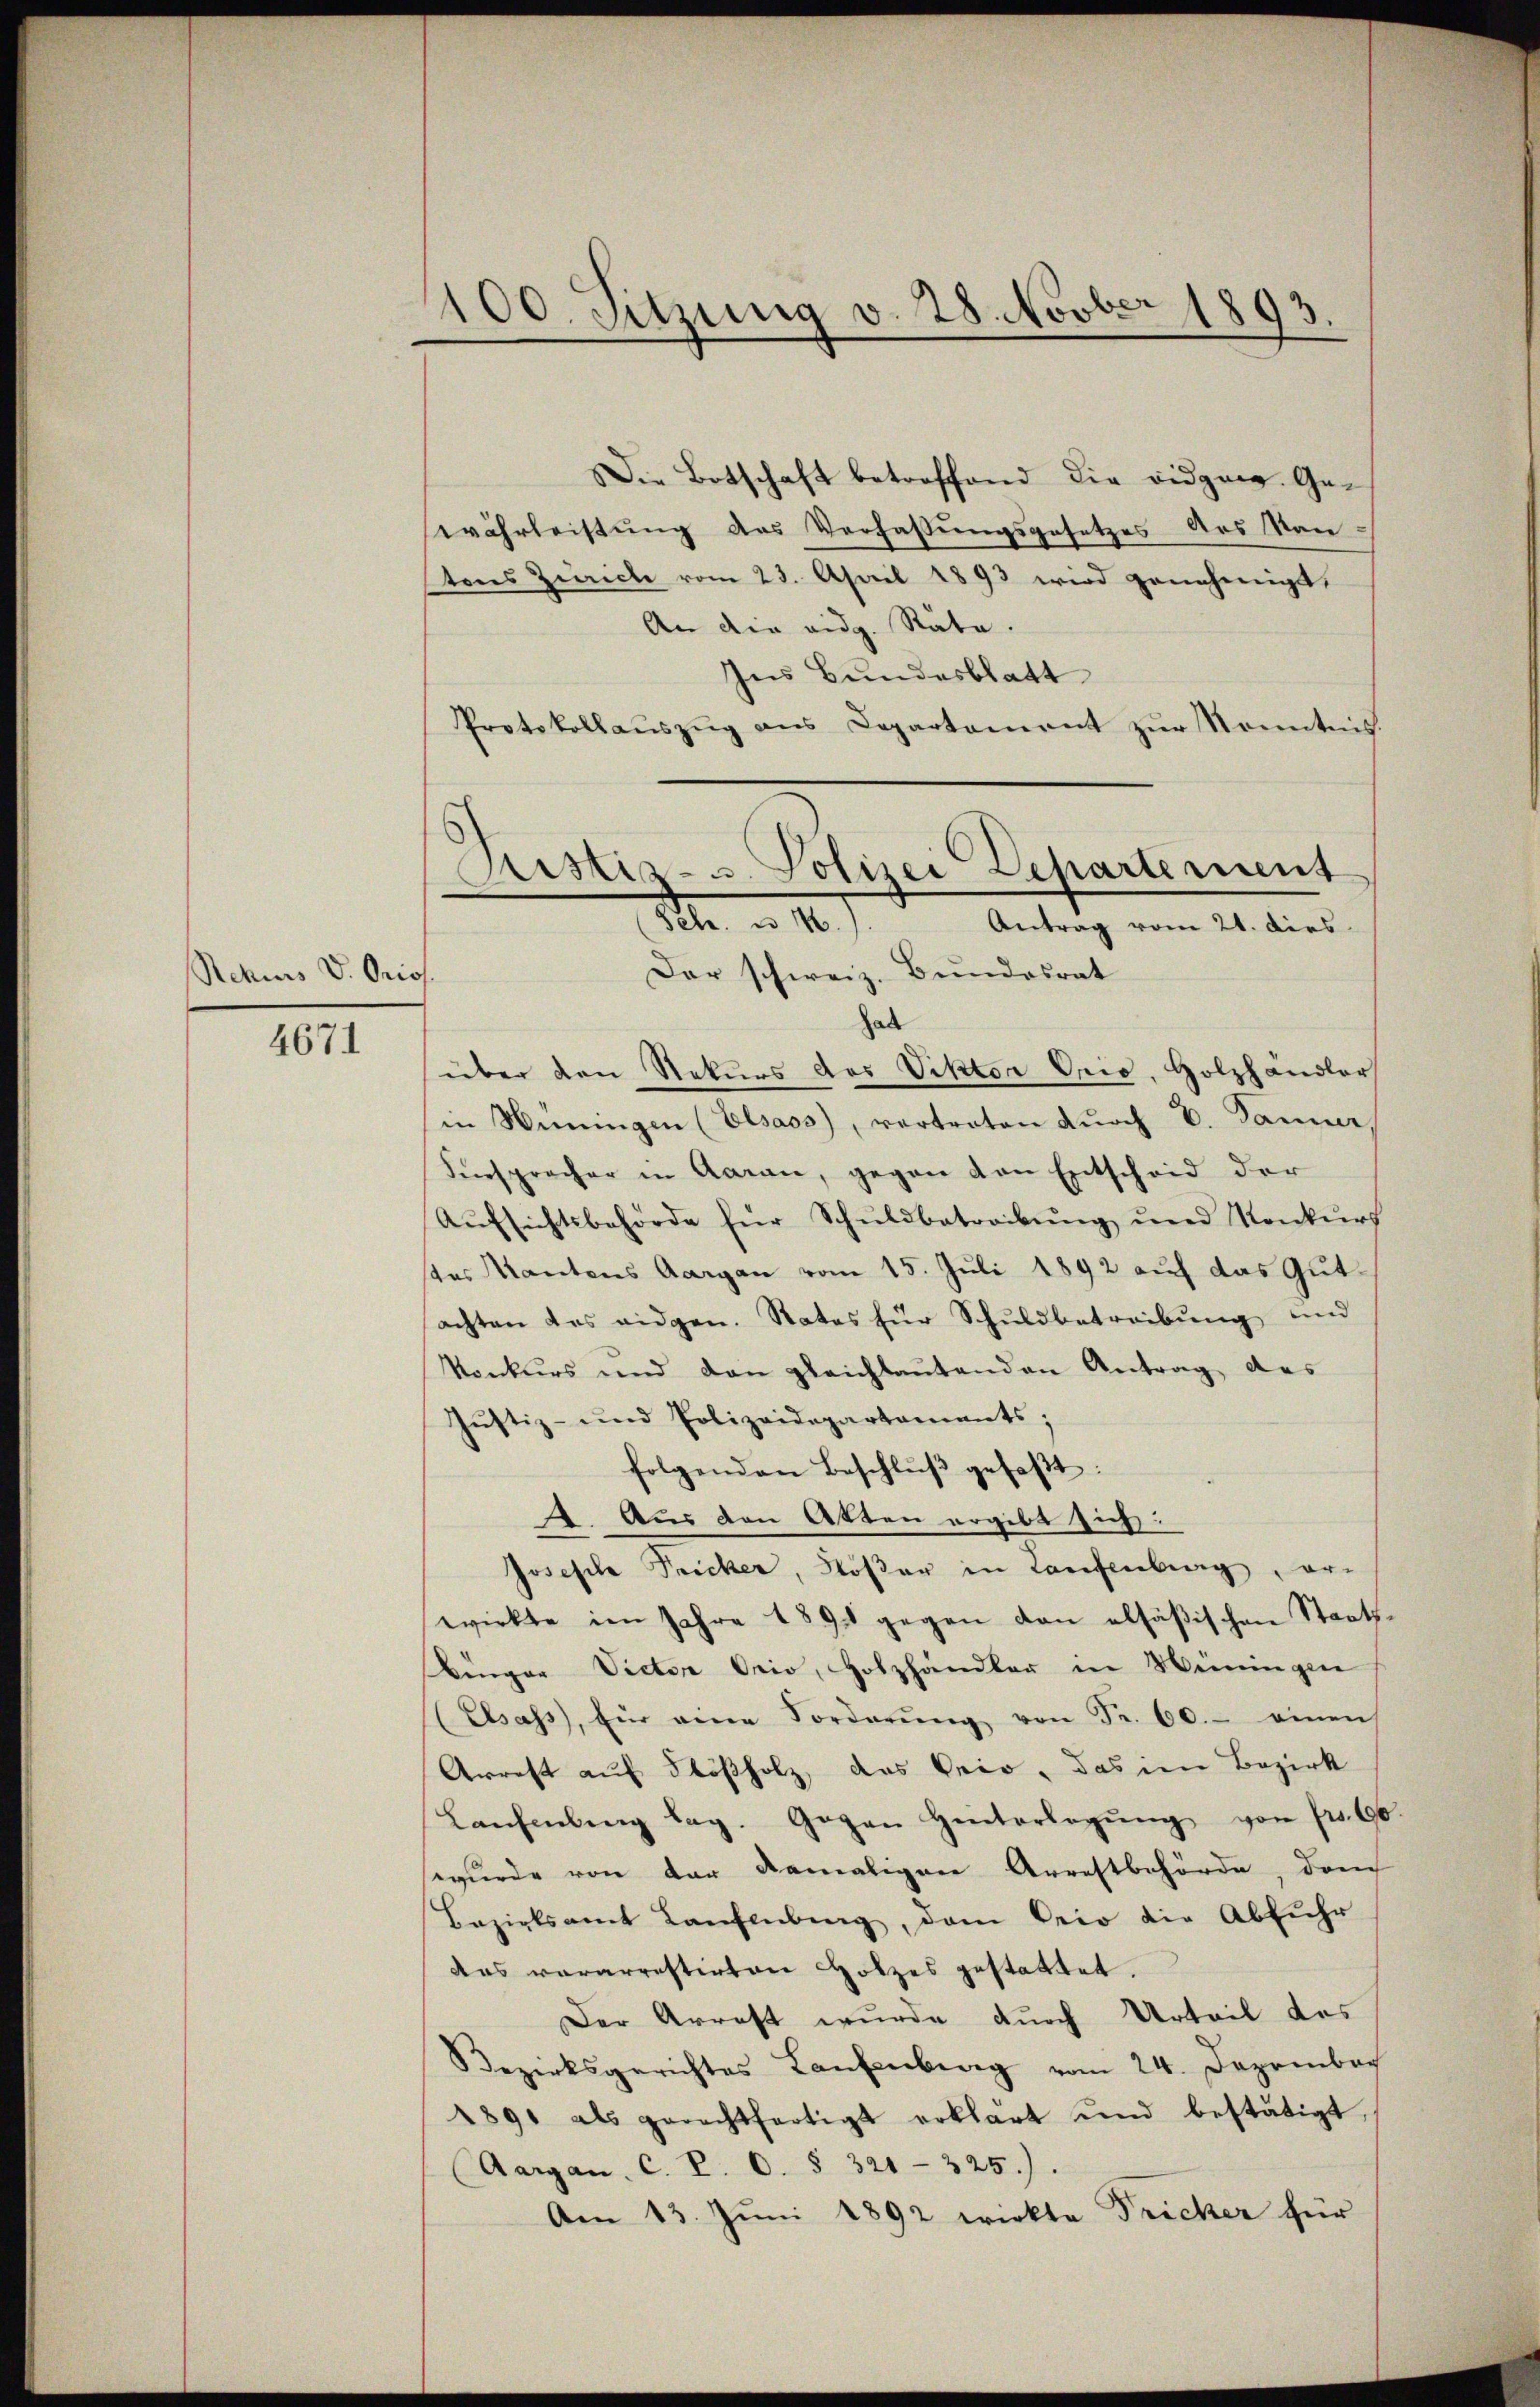
Rehius V. Oriss

4671

100. Sitzung v. 28. Novber 1893.
.

Ristis- u. Polizei Departement
1 n. 10.
Antrag vom 21. dies
Der schweiz. Bundesrat

Die Botschaft betreffend die eidgen. Gewährleistung des Verfassungsgesetzes des Kan-
stens Zürich vom 23. April 1893 wird genehmigt,
An die eidg. Stäte.
Ins Bundesblatt
Protokollaŭszŭg ans Departement zŭr Kenntnis.
hab
über den Rekurs das Viktor Orio, Holzhändler
in Winungen (Elsass, vertreten durch E. Tanner,
Iinspracher in Aarau, gegen von Entscheid der
Aŭfsichtsbehörde für Schuldbetreibŭng und Konkurs
stes Kantons Aargau vom 15. Juli 1892 auf das Gutachten das eidgen. Rates für Schuldbetreibŭng und
konkurs und den gleichlaŭtenden Antrag des
Justiz- und Polizeidepartaments;
folgenden Beschlŭβ gefaβt:
2. Aus den Atten ergibt sich:
Joseph Fricker, Soßer in Laufenburg, erwirkte im Jahre 1891 gegen den alsäβischen Staats
Benger Victor Orio, Holzhändler in Weiningen
(Elsass, für eine Forderŭng von Fr. 60.- einen
Arrest auf Flößholz, das Beio, das im Bezirk
Lanhebung lag. Gegen Hinterlegŭng von Fr. 60
wurde von der damaligen Arrestbehörde, dem
Bezirksamt Laufenberg, dem Beio die Abfŭhr
das vararrestirten Holzes gestattet.
Der Arrest wurde durch Urteil des
Bezirksgerichtes Laufenberg vom 24. Dezembach
1891 als gerechtfertigt erklärt und bestätigt,
(Aargau, C. P. O. § 321-225).
Am 13. Juni 1892 wirkte Fricker für